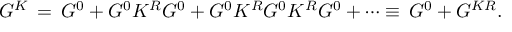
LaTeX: G ^ { K } \, = \, G ^ { 0 } + G ^ { 0 } K ^ { R } G ^ { 0 } + G ^ { 0 } K ^ { R } G ^ { 0 } K ^ { R } G ^ { 0 } + \cdots \equiv \, G ^ { 0 } + G ^ { K R } .